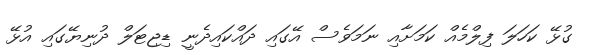
ގުޅޭ ކަހަލަ ފިލްމެއް ކަމަށާއި ނަމަވެސް އޭގައި ދައްކައިދެނީ ޑިޖިޓަލް ދުނިޔޭގައި އުޅޭ